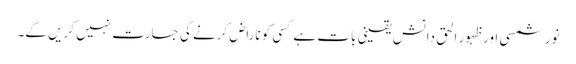
نور شمسی اور ظہور الحق دانش یقینی بات ہے کسی کو ناراض کرنے کی جسارت نہیں کریں گے۔